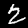
Digit: 2